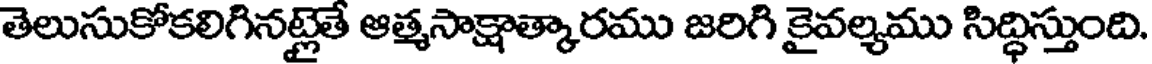
తెలుసుకోకలిగినట్లైతే ఆత్మసాక్షాత్కారము జరిగి కైవల్యము సిద్ధిస్తుంది